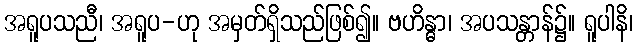
အရူပသညီ၊ အရူပ-ဟု အမှတ်ရှိသည်ဖြစ်၍။ ဗဟိန္ဓာ၊ အပသန္တာန်၌။ ရူပါနိ၊